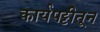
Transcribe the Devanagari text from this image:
कार्यपट्टीतून